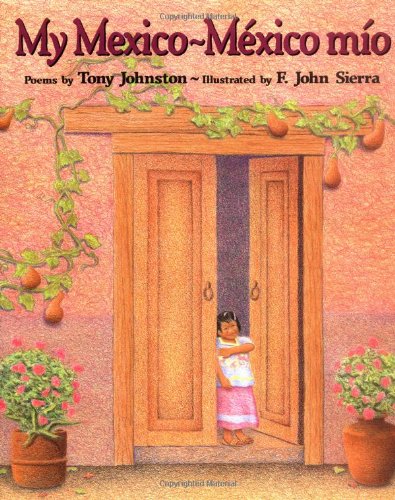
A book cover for My Mexico-Mexico Mio; Tony Johnston; Children's Books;